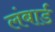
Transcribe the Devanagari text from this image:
लंबार्ड